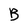
Character: B